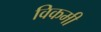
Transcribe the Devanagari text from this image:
विकमी